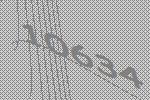
10634